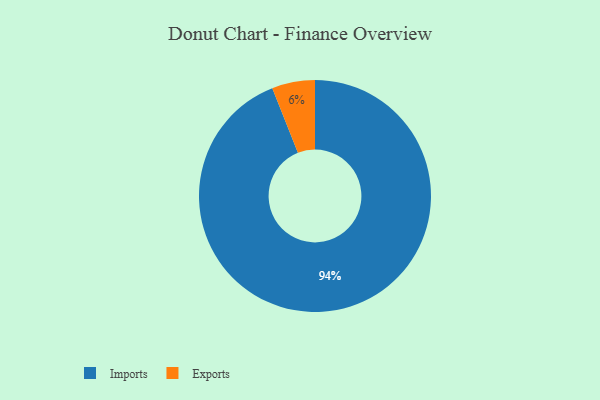
{"axis": {"x": "Category", "y": "Percentage"}, "legend": ["Exports", "Imports"], "data": [{"x": "Imports", "y": 94, "type": "Imports"}, {"x": "Exports", "y": 6, "type": "Exports"}]}